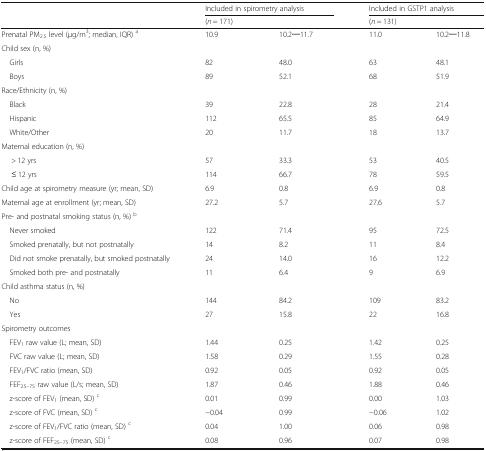
<table><thead><tr><td rowspan="2"></td><td colspan="2"><b>Included in spirometry analysis</b></td><td colspan="2"><b>Included in GSTP1 analysis</b></td></tr><tr><td colspan="2"><b>(<i>n</i> = 171)</b></td><td colspan="2"><b>(<i>n</i> = 131)</b></td></tr></thead><tbody><tr><td>Prenatal PM<sub>2.5</sub> level (μg/m<sup>3</sup>; median, IQR) <sup>a</sup></td><td>10.9</td><td>10.2─11.7</td><td>11.0</td><td>10.2─11.8</td></tr><tr><td>Child sex (n, %)</td><td></td><td></td><td></td><td></td></tr><tr><td> Girls</td><td>82</td><td>48.0</td><td>63</td><td>48.1</td></tr><tr><td> Boys</td><td>89</td><td>52.1</td><td>68</td><td>51.9</td></tr><tr><td>Race/Ethnicity (n, %)</td><td></td><td></td><td></td><td></td></tr><tr><td> Black</td><td>39</td><td>22.8</td><td>28</td><td>21.4</td></tr><tr><td> Hispanic</td><td>112</td><td>65.5</td><td>85</td><td>64.9</td></tr><tr><td> White/Other</td><td>20</td><td>11.7</td><td>18</td><td>13.7</td></tr><tr><td>Maternal education (n, %)</td><td></td><td></td><td></td><td></td></tr><tr><td>&gt; 12 yrs</td><td>57</td><td>33.3</td><td>53</td><td>40.5</td></tr><tr><td>≤ 12 yrs</td><td>114</td><td>66.7</td><td>78</td><td>59.5</td></tr><tr><td>Child age at spirometry measure (yr; mean, SD)</td><td>6.9</td><td>0.8</td><td>6.9</td><td>0.8</td></tr><tr><td>Maternal age at enrollment (yr; mean, SD)</td><td>27.2</td><td>5.7</td><td>27.6</td><td>5.7</td></tr><tr><td>Pre- and postnatal smoking status (n, %) <sup>b</sup></td><td></td><td></td><td></td><td></td></tr><tr><td> Never smoked</td><td>122</td><td>71.4</td><td>95</td><td>72.5</td></tr><tr><td> Smoked prenatally, but not postnatally</td><td>14</td><td>8.2</td><td>11</td><td>8.4</td></tr><tr><td> Did not smoke prenatally, but smoked postnatally</td><td>24</td><td>14.0</td><td>16</td><td>12.2</td></tr><tr><td> Smoked both pre- and postnatally</td><td>11</td><td>6.4</td><td>9</td><td>6.9</td></tr><tr><td>Child asthma status (n, %)</td><td></td><td></td><td></td><td></td></tr><tr><td> No</td><td>144</td><td>84.2</td><td>109</td><td>83.2</td></tr><tr><td> Yes</td><td>27</td><td>15.8</td><td>22</td><td>16.8</td></tr><tr><td>Spirometry outcomes</td><td></td><td></td><td></td><td></td></tr><tr><td> FEV<sub>1</sub> raw value (L; mean, SD)</td><td>1.44</td><td>0.25</td><td>1.42</td><td>0.25</td></tr><tr><td> FVC raw value (L; mean, SD)</td><td>1.58</td><td>0.29</td><td>1.55</td><td>0.28</td></tr><tr><td> FEV<sub>1</sub>/FVC ratio (mean, SD)</td><td>0.92</td><td>0.05</td><td>0.92</td><td>0.05</td></tr><tr><td> FEF<sub>25–75</sub> raw value (L/s; mean, SD)</td><td>1.87</td><td>0.46</td><td>1.88</td><td>0.46</td></tr><tr><td> z-score of FEV<sub>1</sub> (mean, SD) <sup>c</sup></td><td>0.01</td><td>0.99</td><td>0.00</td><td>1.03</td></tr><tr><td> z-score of FVC (mean, SD) <sup>c</sup></td><td>−0.04</td><td>0.99</td><td>−0.06</td><td>1.02</td></tr><tr><td> z-score of FEV<sub>1</sub>/FVC ratio (mean, SD) <sup>c</sup></td><td>0.04</td><td>1.00</td><td>0.06</td><td>0.98</td></tr><tr><td> z-score of FEF<sub>25–75</sub> (mean, SD) <sup>c</sup></td><td>0.08</td><td>0.96</td><td>0.07</td><td>0.98</td></tr></tbody></table>